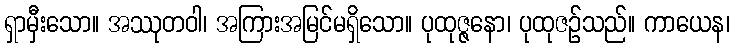
ရှာမှီးသော။ အဿုတဝါ၊ အကြားအမြင်မရှိသော။ ပုထုဇ္ဇနော၊ ပုထုဇဉ်သည်။ ကာယေန၊